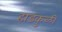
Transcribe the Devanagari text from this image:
हाडकुळी